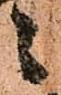
々